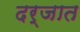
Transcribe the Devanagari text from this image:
दर्जात